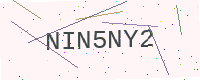
Text: NIN5NY2